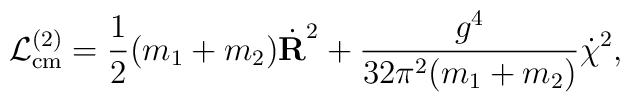
{\cal L}_{{\rm cm}}^{(2)} = \frac{1}{2}(m_1+m_2)\dot{{\bf R}}^2 + \frac{g^4 }{32\pi^2 (m_1+m_2) } \dot{\chi}^2 ,